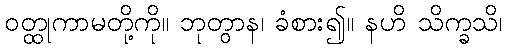
ဝတ္ထုကာမတို့ကို။ ဘုတွာန၊ ခံစား၍။ နဟိ သိက္ခသိ၊